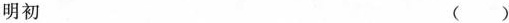
明初 ( )